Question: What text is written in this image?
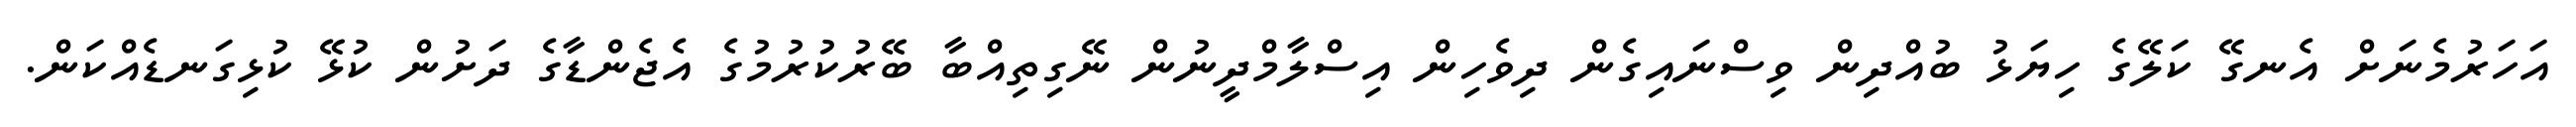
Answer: އަހަރުމެނަށް އެނގޭ ކަލޭގެ ހިޔަޅު ބުއްދިން ވިސްނައިގެން ދިވެހިން އިސްލާމްދީނުން ނޭގިތިއްބާ ބޭރުކުރުމުގެ އެޖެންޑާގެ ދަށުން ކުޅޭ ކުޅިގަނޑެއްކަން.